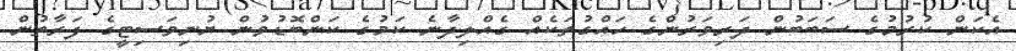
އެކަން ކުރުމުގެ ސަބަބުން ދަރިވަރުންގެ ހައްގުތަކެއް ގެއްލިދާނެ ކަމުގެ ކަންބޮޑުވުން ޔުނިވަސިޓީގެ ފަރާތުން